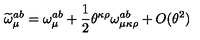
\widetilde { \omega } _ { \mu } ^ { a b } = \omega _ { \mu } ^ { a b } + \frac { 1 } { 2 } \theta ^ { \kappa \rho } \omega _ { \mu \kappa \rho } ^ { a b } + O ( \theta ^ { 2 } )